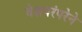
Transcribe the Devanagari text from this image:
वेशपरंपरेने